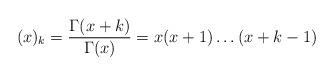
LaTeX: \begin{align*}(x)_k = \frac{\Gamma(x+k)}{\Gamma(x)} = x(x+1)\dots(x+k-1)\end{align*}